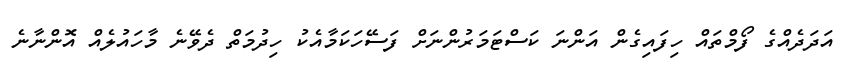
އަދަދެއްގެ ފޯމްތައް ހިފައިގެން އަންނަ ކަސްޓަމަރުންނަށް ފަސޭހަކަމާއެކު ހިދުމަތް ދެވޭނެ މާހައުލެއް އޮންނާނެ